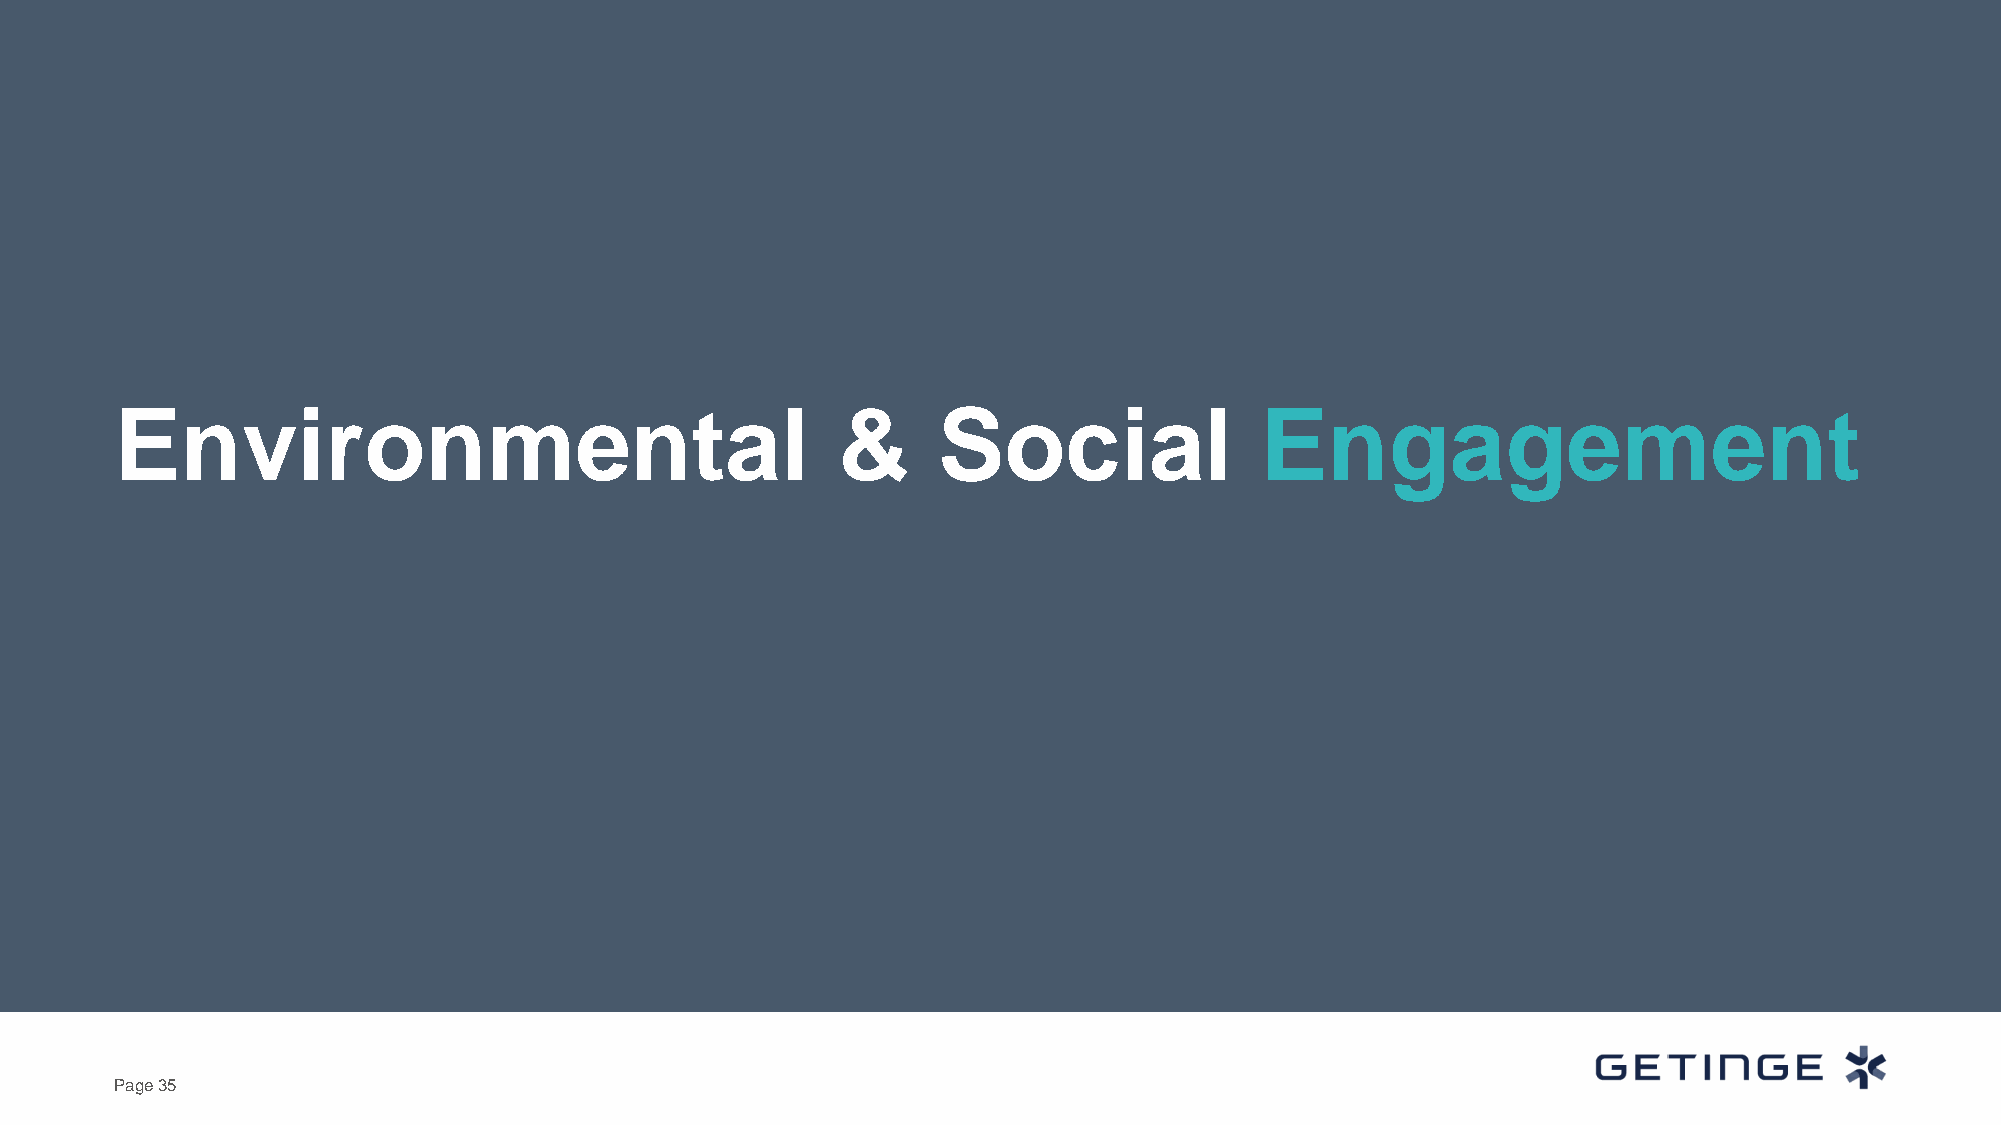
Environmental                                  &      Social               Engagement
 Page 35